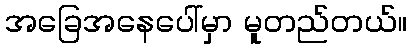
အခြေအနေပေါ်မှာ မူတည်တယ်။